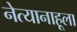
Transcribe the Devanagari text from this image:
नेत्यानाहूला